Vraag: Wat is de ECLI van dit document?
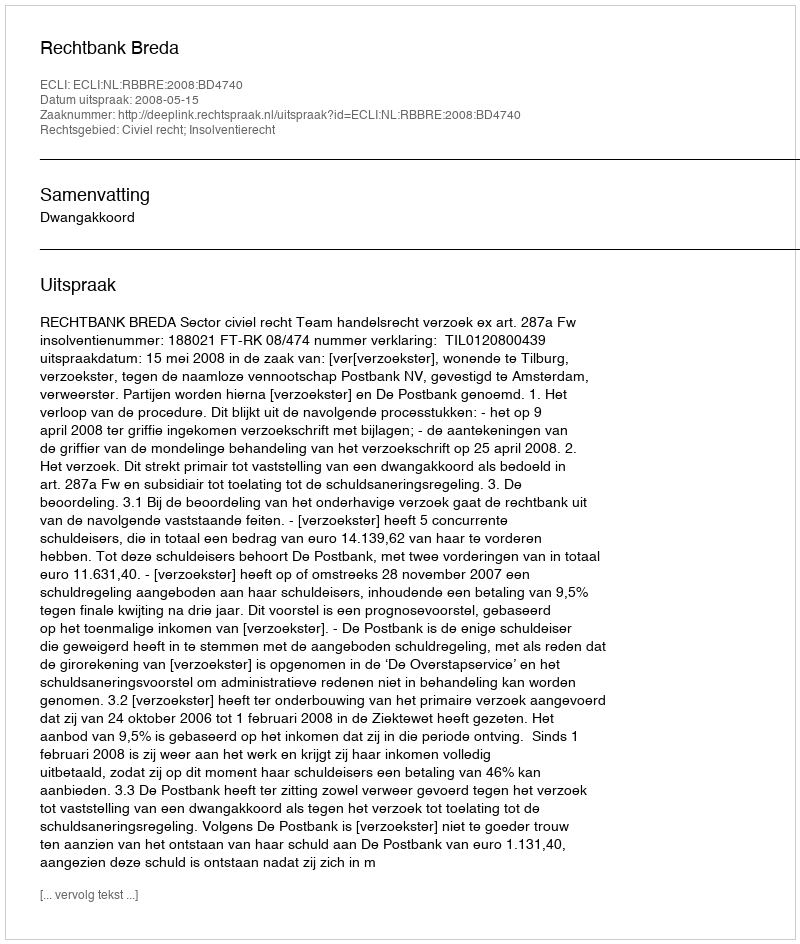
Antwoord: ECLI:NL:RBBRE:2008:BD4740